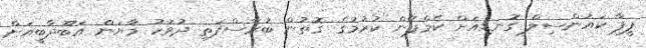
ފީފާ ކައުންސިލް ގޮނޑިއަށް ކެމްޕޭން ކުރުމުގެ ގޮތުން ބުރާސްފަތި ދުވަހު މާޔަން އަބޫދާބީއަށް